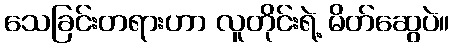
သေခြင်းတရားဟာ လူတိုင်းရဲ့ မိတ်ဆွေပဲ။